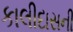
કાલીદાસની